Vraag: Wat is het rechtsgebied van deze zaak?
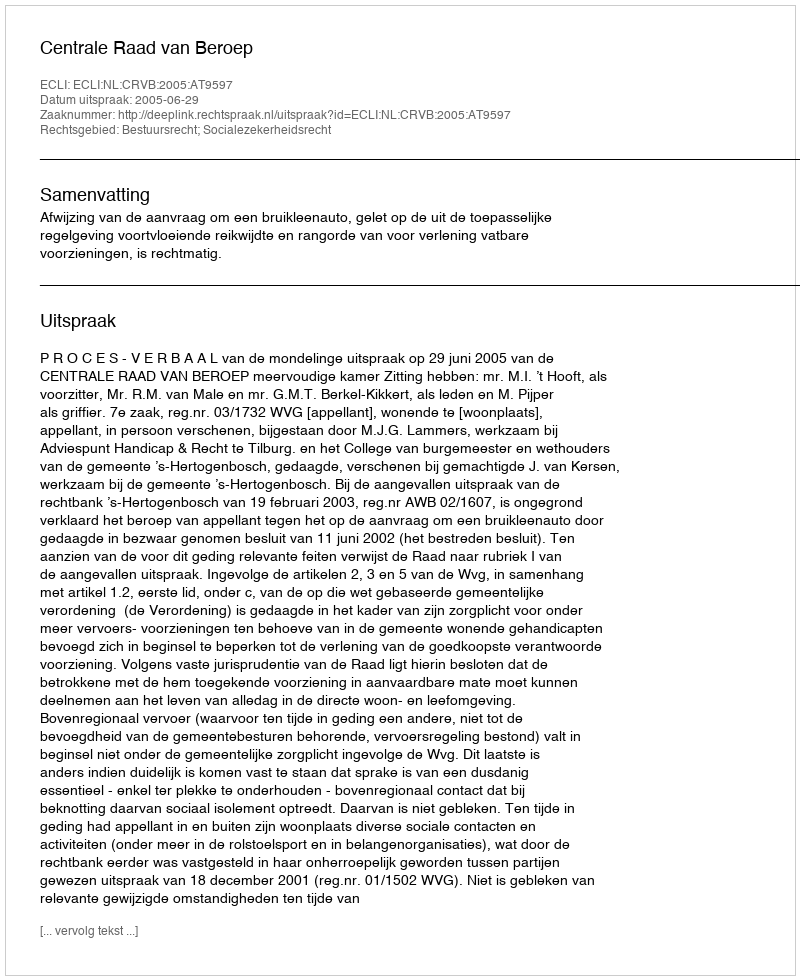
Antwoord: Bestuursrecht; Socialezekerheidsrecht